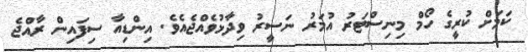
ކަމަށް ކުރީގެ ހޯމް މިނިސްޓަރު އުމަރު ނަސީރު ވިދާޅުވެއްޖެއެވެ. އިންޑިއާ ސިފައިން ރާއްޖެ